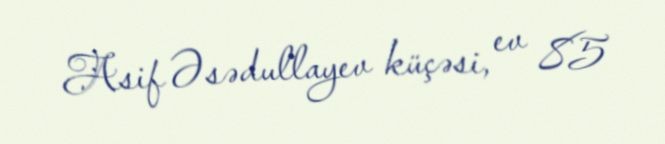
Asif Əsədullayev küçəsi, ev 85